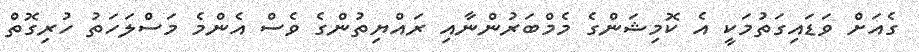
ގެއަށް ވަޑައިގަތުމަކީ އެ ކޮމިޝަންގެ މެމްބަރުންނާއި ރައްޔިތުންގެ ވެސް އެންމެ މަސްލަހަތު ހުރިގޮތް